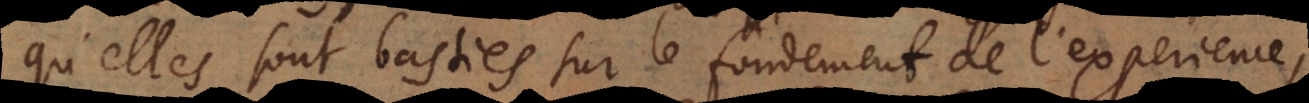
qu’elles sont basties sur le fondement de l’experience,